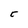
Character: C